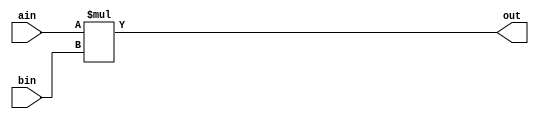
`timescale 1ns / 1ps
module multiplier(out, ain, bin);
parameter width = 12;
input [width-1:0] ain, bin;
output [2*width-1 :0] out;
assign out = ain * bin;
endmodule